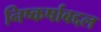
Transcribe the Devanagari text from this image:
निष्कर्षाबद्दल